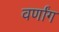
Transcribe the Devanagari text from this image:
वर्णांग